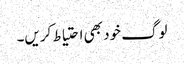
لوگ خود بھی احتیاط کریں۔